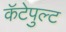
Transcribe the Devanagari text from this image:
कॅटेपुल्ट